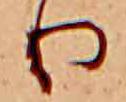
り